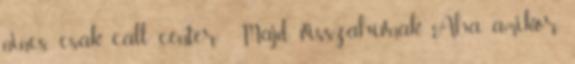
nincs, csak call center . Majd visszahívnak. Aha, amikor